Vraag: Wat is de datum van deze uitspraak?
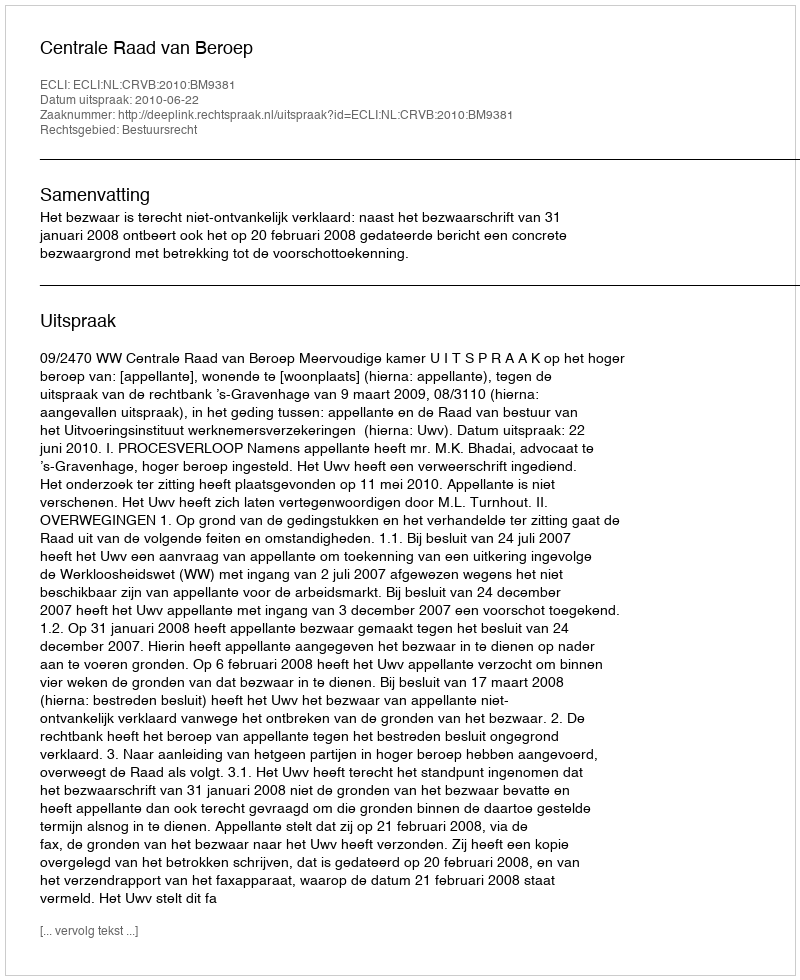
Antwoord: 2010-06-22